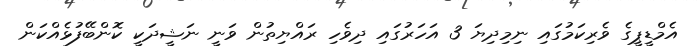
އެމްޑީޕީގެ ވެރިކަމުގައި ނިމިދިޔަ 3 އަހަރުގައި ދިވެހި ރައްޔިތުން ވަނީ ނަޝީދަކީ ކޮންބޭފުޅެއްކަން